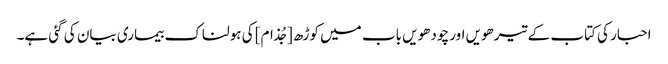
احبار کی کتاب کے تیرھویں اور چودھویں باب میں کوڑھ [جُذام] کی ہولناک بیماری بیان کی گئی ہے۔